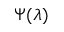
\Psi ( \lambda )